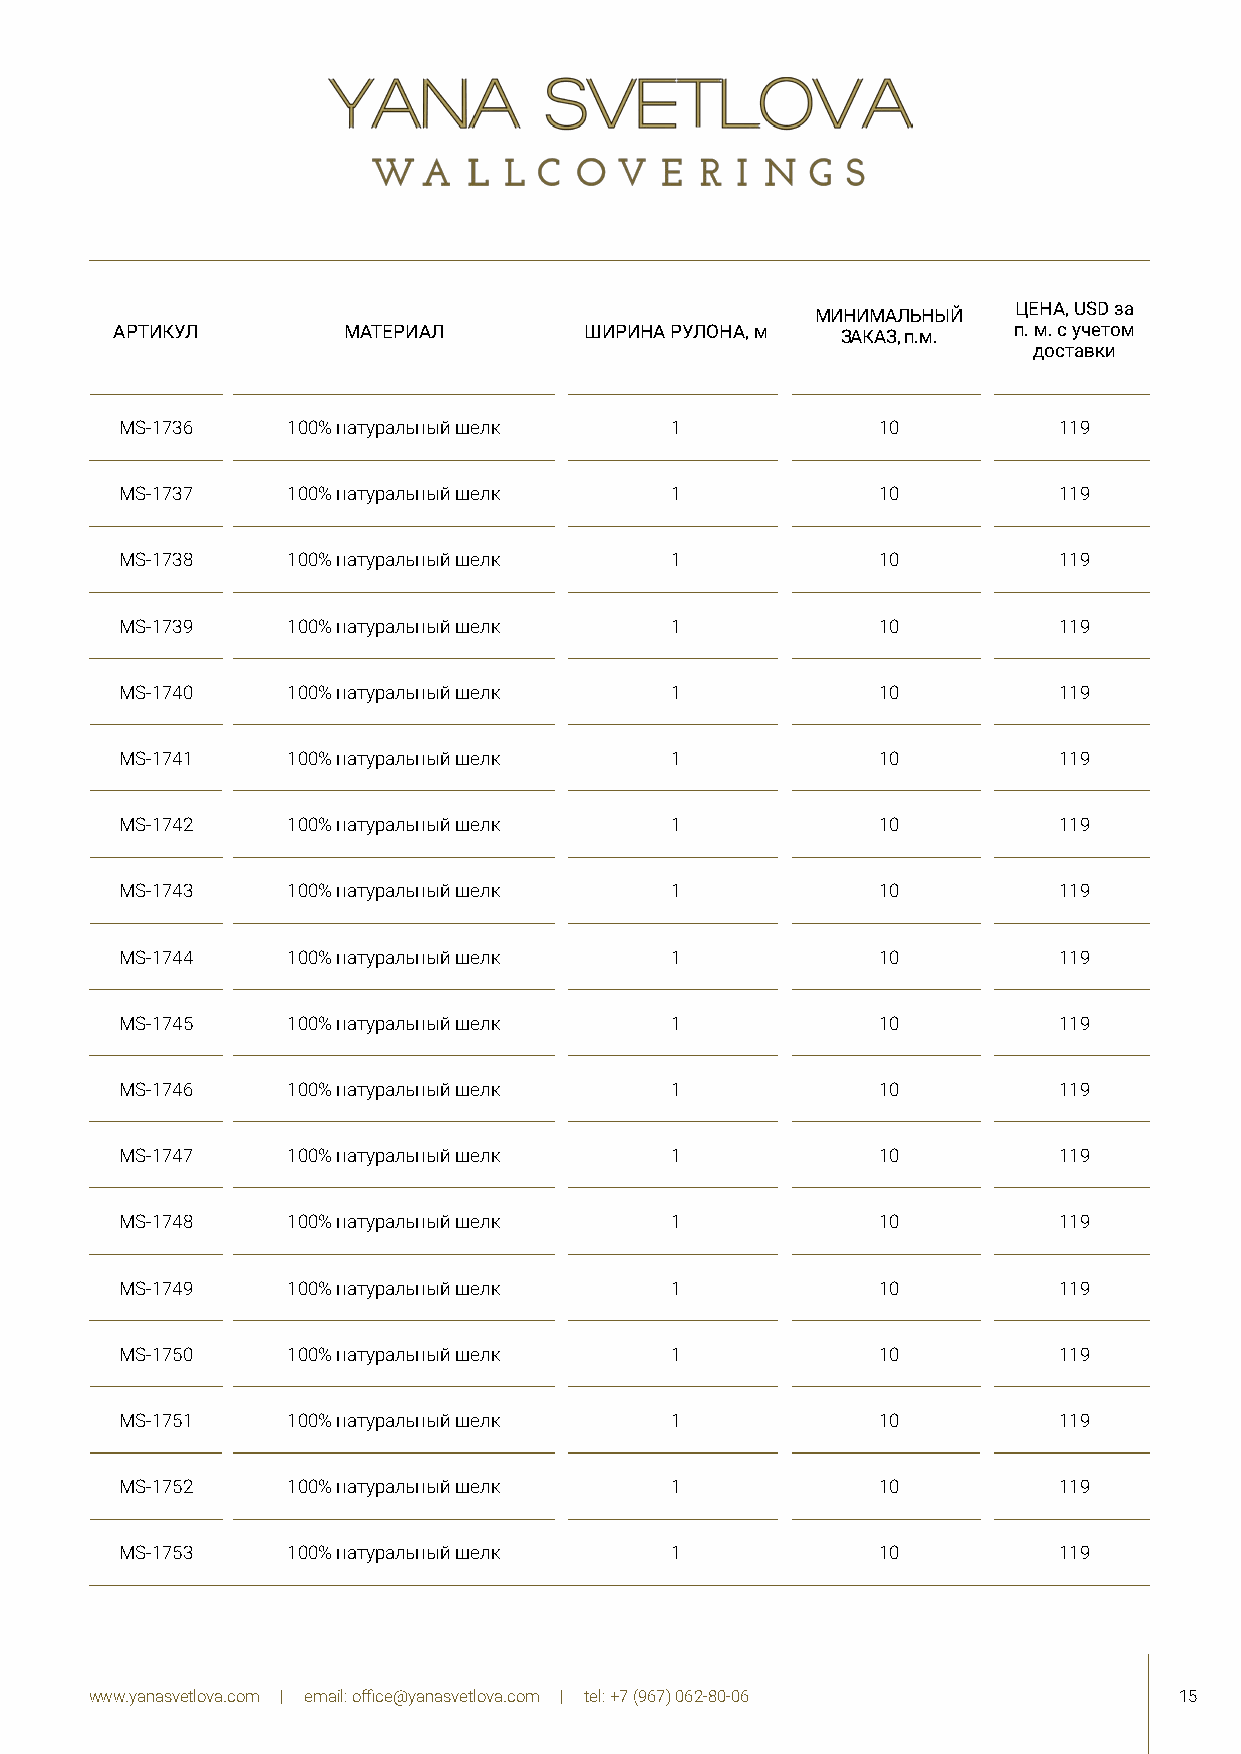
МИНИМАЛЬНЫЙ  ЦЕНА, USD за
 АРТИКУЛ        МАТЕРИАЛ        ШИРИНА РУЛОНА, м ЗАКАЗ, п.м. п. м. с учетом
 доставки
 MS-1736    100% натуральный шелк    1             10          119
 MS-1737    100% натуральный шелк    1             10          119
 MS-1738    100% натуральный шелк    1             10          119
 MS-1739    100% натуральный шелк    1             10          119
 MS-1740    100% натуральный шелк    1             10          119
 MS-1741    100% натуральный шелк    1             10          119
 MS-1742    100% натуральный шелк    1             10          119
 MS-1743    100% натуральный шелк    1             10          119
 MS-1744    100% натуральный шелк    1             10          119
 MS-1745    100% натуральный шелк    1             10          119
 MS-1746    100% натуральный шелк    1             10          119
 MS-1747    100% натуральный шелк    1             10          119
 MS-1748    100% натуральный шелк    1             10          119
 MS-1749    100% натуральный шелк    1             10          119
 MS-1750    100% натуральный шелк    1             10          119
 MS-1751    100% натуральный шелк    1             10          119
 MS-1752    100% натуральный шелк    1             10          119
 MS-1753    100% натуральный шелк    1             10          119
 www.yanasvetlova.com | email: office@yanasvetlova.com | tel: +7 (967) 062-80-06 15